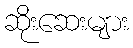
ဆိုးဆေးများ